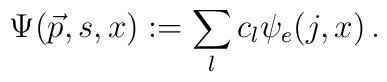
\Psi ({\vec p}, s, x) := \sum_l c_l \psi_e (j, x) \,.